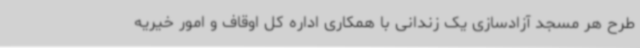
طرح هر مسجد آزادسازی یک زندانی با همکاری اداره کل اوقاف و امور خیریه